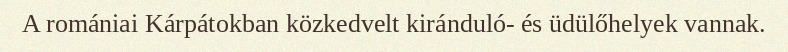
A romániai Kárpátokban közkedvelt kiránduló- és üdülőhelyek vannak.